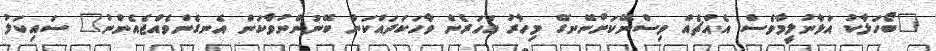
"ބޯހަލާކު އަޅާނުލީމާވެސް އެއްޗެއް ވިސްނޭކަށްނޭނގޭ މިހާރު އަހަރެން ވާހަކަދައްކަން ބޭނުންނުވާކަން އެނގެންވެއްޖެއެންނު" ސައިކަލު